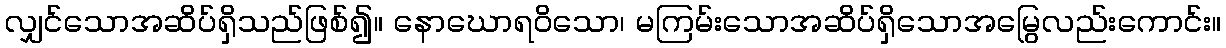
လျှင်သောအဆိပ်ရှိသည်ဖြစ်၍။ နောဃောရဝိသော၊ မကြမ်းသောအဆိပ်ရှိသောအမြွေလည်းကောင်း။